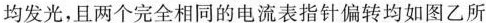
28.(2020·牡丹江)如图甲所示的电路中，闭合开关，两灯泡